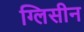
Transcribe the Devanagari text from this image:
ग्लिसीन